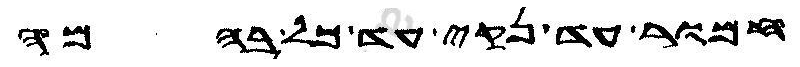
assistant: חמור עד נקי עד כל בהמה